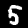
Label: 5